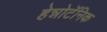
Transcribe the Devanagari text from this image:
हेन्नोटॅनिक